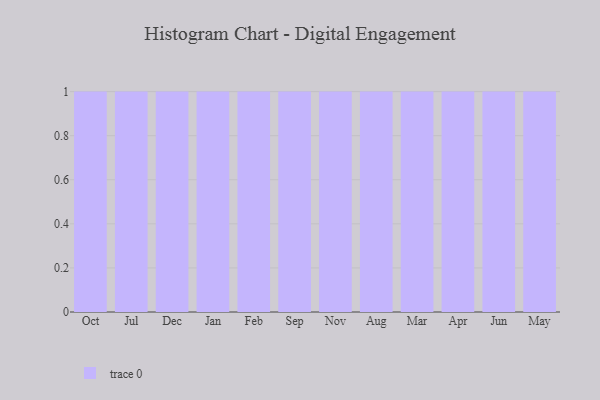
{"axis": {"x": "Month", "y": "Demand Index"}, "legend": [""], "data": [{"x": "Oct", "y": 53, "type": ""}, {"x": "Jul", "y": 9, "type": ""}, {"x": "Dec", "y": 19, "type": ""}, {"x": "Jan", "y": 58, "type": ""}, {"x": "Feb", "y": 22, "type": ""}, {"x": "Sep", "y": 58, "type": ""}, {"x": "Nov", "y": 27, "type": ""}, {"x": "Aug", "y": 97, "type": ""}, {"x": "Mar", "y": 47, "type": ""}, {"x": "Apr", "y": 12, "type": ""}, {"x": "Jun", "y": 76, "type": ""}, {"x": "May", "y": 58, "type": ""}]}